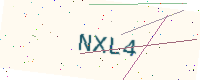
Text: NXL4